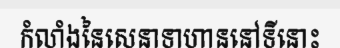
កំលាំងនៃសេនាទាហាននៅទីនោះ